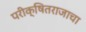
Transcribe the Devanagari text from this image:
परीक्षितराजाचा